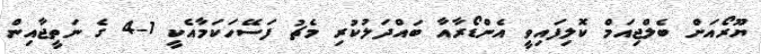
ޔޫރޯއަށް ބެލްޖިއަމް ކޮލިފައިވީ އެންޑޯރާއާ ބައްދަލުކުރި މެޗު ފަސޭހަކަމާއެކީ 1-4 ގެ ނަތީޖާއިން